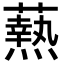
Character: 𭶢